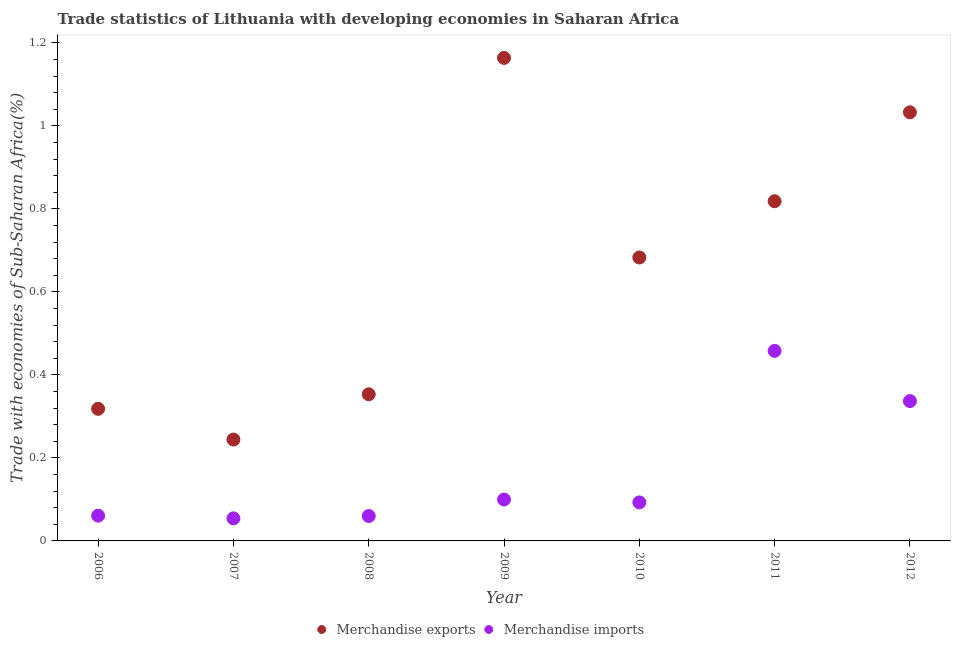
| Year | Merchandise exports | Merchandise imports |
 | --- | --- | --- |
 | 2006 | 0.318 | 0.0608 |
 | 2007 | 0.244 | 0.0544 |
 | 2008 | 0.353 | 0.06 |
 | 2009 | 1.16 | 0.0997 |
 | 2010 | 0.683 | 0.0928 |
 | 2011 | 0.818 | 0.458 |
 | 2012 | 1.03 | 0.337 |